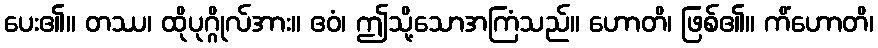
ပေး၏။ တဿ၊ ထိုပုဂ္ဂိုလ်အား။ ဧဝံ၊ ဤသို့သောအကြံသည်။ ဟောတိ၊ ဖြစ်၏။ ကိံဟောတိ၊